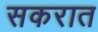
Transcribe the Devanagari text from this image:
सकरात